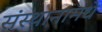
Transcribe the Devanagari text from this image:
संस्थानामधे